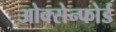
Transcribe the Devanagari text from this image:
ओक्सेन्फोर्ड